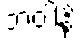
ဘဝါနိ